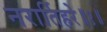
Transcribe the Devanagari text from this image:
नरार्तिहरे॥१॥